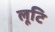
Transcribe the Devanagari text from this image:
लूटि